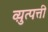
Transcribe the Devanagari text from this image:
व्य़ुत्पत्ती